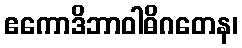
ဧကောဒိဘာဝါဓိဂတေန၊